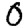
Digit: 0